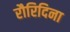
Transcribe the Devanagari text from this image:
रौरिदिना